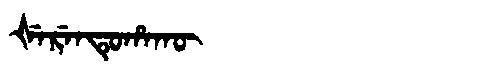
Manchu: ᡧᡝᡵᡝᠨᡨᡠᡥᠠᡴᡡ
Romanization: ŠERENTUHAKŪ